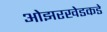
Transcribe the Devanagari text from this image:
ओझरखेडकडे